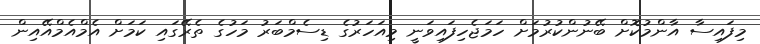
މިފައިސާ އާންމުކޮށް ބޭނުންކުރުމަށް ހަމަޖެހިފައިވަނީ މިއަހަރުގެ ޑިސެމްބަރު މަހުގެ ތެރޭގައި ކަމަށް އެމްއެމްއޭއިން